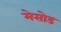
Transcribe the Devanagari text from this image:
मेसोड